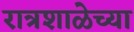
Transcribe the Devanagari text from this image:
रात्रशाळेच्या